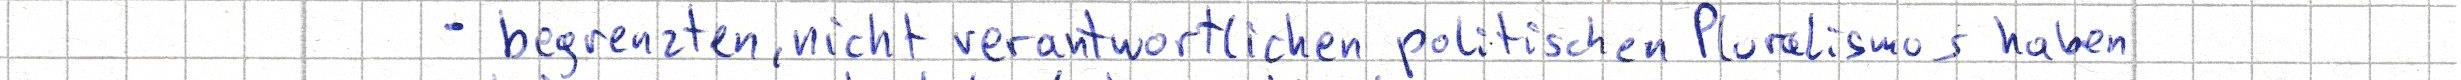
- begrenzten, nicht verantwortlichen politischen Pluralismus haben